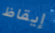
إيقاظ